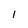
Character: 1